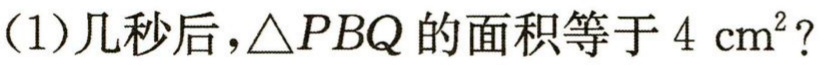
(1)几秒后，\(\triangle PBQ\)的面积等于\(4\ \text{cm}^2\)？